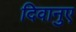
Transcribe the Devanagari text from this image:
दिवानुए